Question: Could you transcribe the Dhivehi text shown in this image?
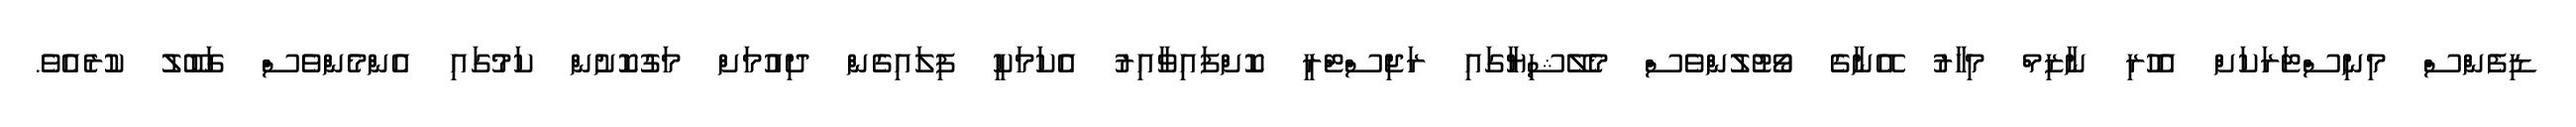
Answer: ޑިފެންސް މިނިސްޓަރަކަށް އެހުރި ނާޒިމް މިހާރު އޭނާގެ ވޯޓުލުންވެސް މެލޭޝިޔާގައި ރަޖިސްޓްރީ ކޮށްފައިވާއިރު އެކަމަކީ ފިލައިގެން ދިއުމަށް މަގުކޮށުން ކަމުގައި އެންމެންވެސް ގަބޫލު ކުރެއެވެ.